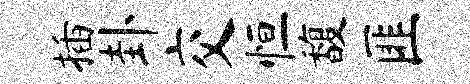
插卦交恒馥匪